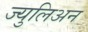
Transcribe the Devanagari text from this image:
ज्युलिअन